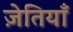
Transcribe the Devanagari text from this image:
ज़ेतियाँ